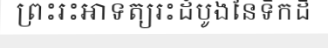
ព្រះរះអាទត្យរះដំបូងនៃទឹកដី